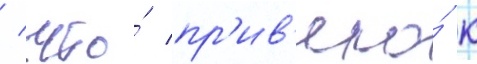
/ что́ пр'ив'ело́ к